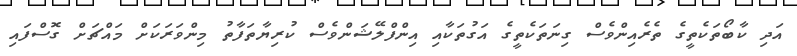
އަދި ކާބޯތަކެތީގެ ތެރެއިންވެސް ގިނަތަކެތީގެ އަގުތަކާއި އިންފްލޭޝަންވެސް ކުރިޔާތަފާތު މިންވަރަކަށް މައްޗަށް ގޮސްފައި